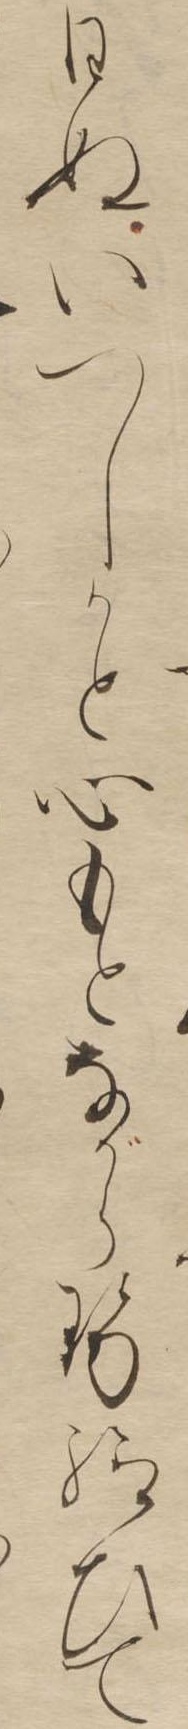
はぬいつしかと心もとながらせ給ひて